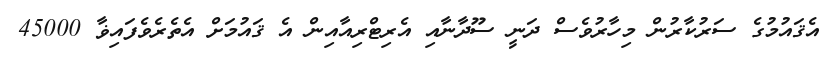
އެޤައުމުގެ ސަރުކާރުން މިހާރުވެސް ދަނީ ސޫދާނާއި އެރިޓްރިއާއިން އެ ޤައުމަށް އެތެރެވެފައިޥާ 45000